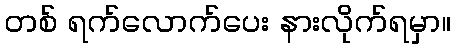
တစ် ရက်လောက်ပေး နားလိုက်ရမှာ။